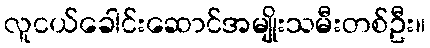
လူငယ်ခေါင်းဆောင်အမျိုးသမီးတစ်ဦး။